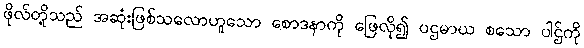
ဖိုလ်တို့သည် အဆုံးဖြစ်သလောဟူသော စောဒနာကို ဖြေလို၍ ပဌမာယ စသော ပါဌ်ကို